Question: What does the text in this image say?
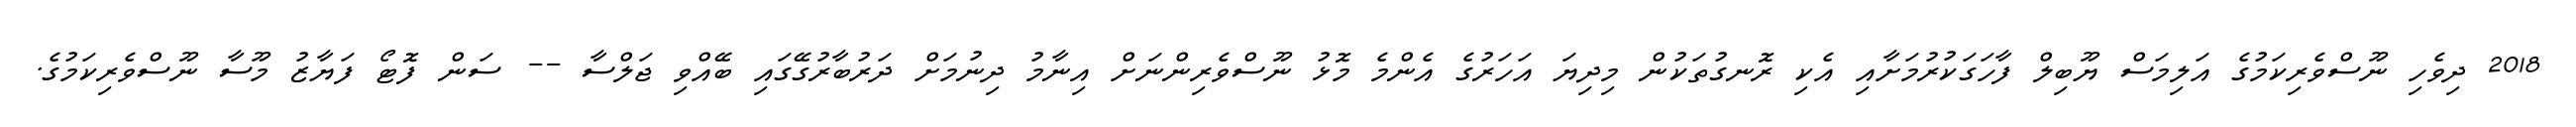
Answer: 2018 ދިވެހި ނޫސްވެރިކަމުގެ އަލިމަސް ޔޫބިލް ފާހަގަކުރުމަށާއި އެކި ރޮނގުތަކުން މިދިޔަ އަހަރުގެ އެންމެ މޮޅު ނޫސްވެރިންނަށް އިނާމު ދިނުމަށް ދަރުބާރުގޭގައި ބޭއްވި ޖަލްސާ -- ސަން ފޮޓޯ ފަޔާޒު މޫސާ ނޫސްވެރިކަމުގެ.